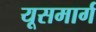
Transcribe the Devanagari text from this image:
यूसमार्ग